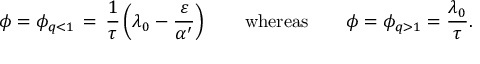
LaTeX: \phi = \phi _ { q < 1 } \, = \, \frac { 1 } { \tau } \left( \lambda _ { 0 } - \frac { \varepsilon } { \alpha ^ { \prime } } \right) \qquad \mathrm { w h e r e a s } \qquad \phi = \phi _ { q > 1 } = \frac { \lambda _ { 0 } } { \tau } .